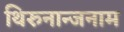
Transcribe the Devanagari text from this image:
थिरुनान्जनाम